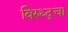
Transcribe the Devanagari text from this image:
विरुध्द्चा